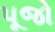
પૂજો